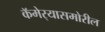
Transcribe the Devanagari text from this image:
कॅमेर्‍यासमोरील